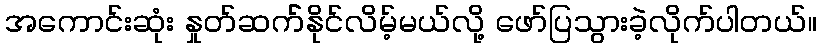
အကောင်းဆုံး နှုတ်ဆက််နိုင်လိမ့်မယ်လို့ ဖော်ပြသွားခဲ့လိုက်ပါတယ်။